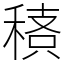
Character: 䅩